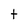
Character: t